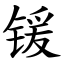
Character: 锾